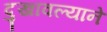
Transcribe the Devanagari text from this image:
दुखावल्याने